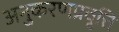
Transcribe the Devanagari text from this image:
अनुकरणप्रवृत्ति